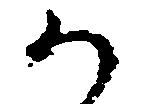
か